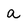
Character: a